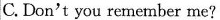
C. Don't you remember me?